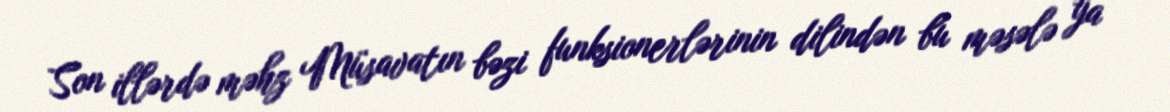
Son illərdə məhz Müsavatın bəzi funksionerlərinin dilindən bu məsələ ya